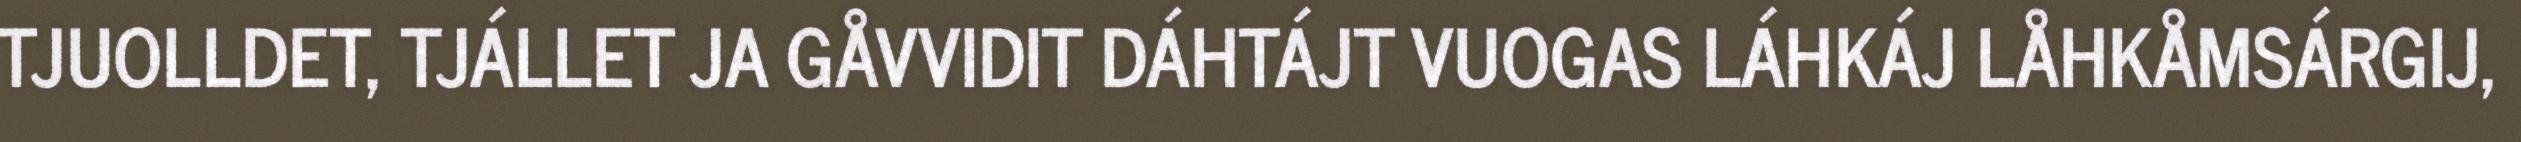
TJUOLLDET, TJÁLLET JA GÅVVIDIT DÁHTÁJT VUOGAS LÁHKÁJ LÅHKÅMSÁRGIJ,